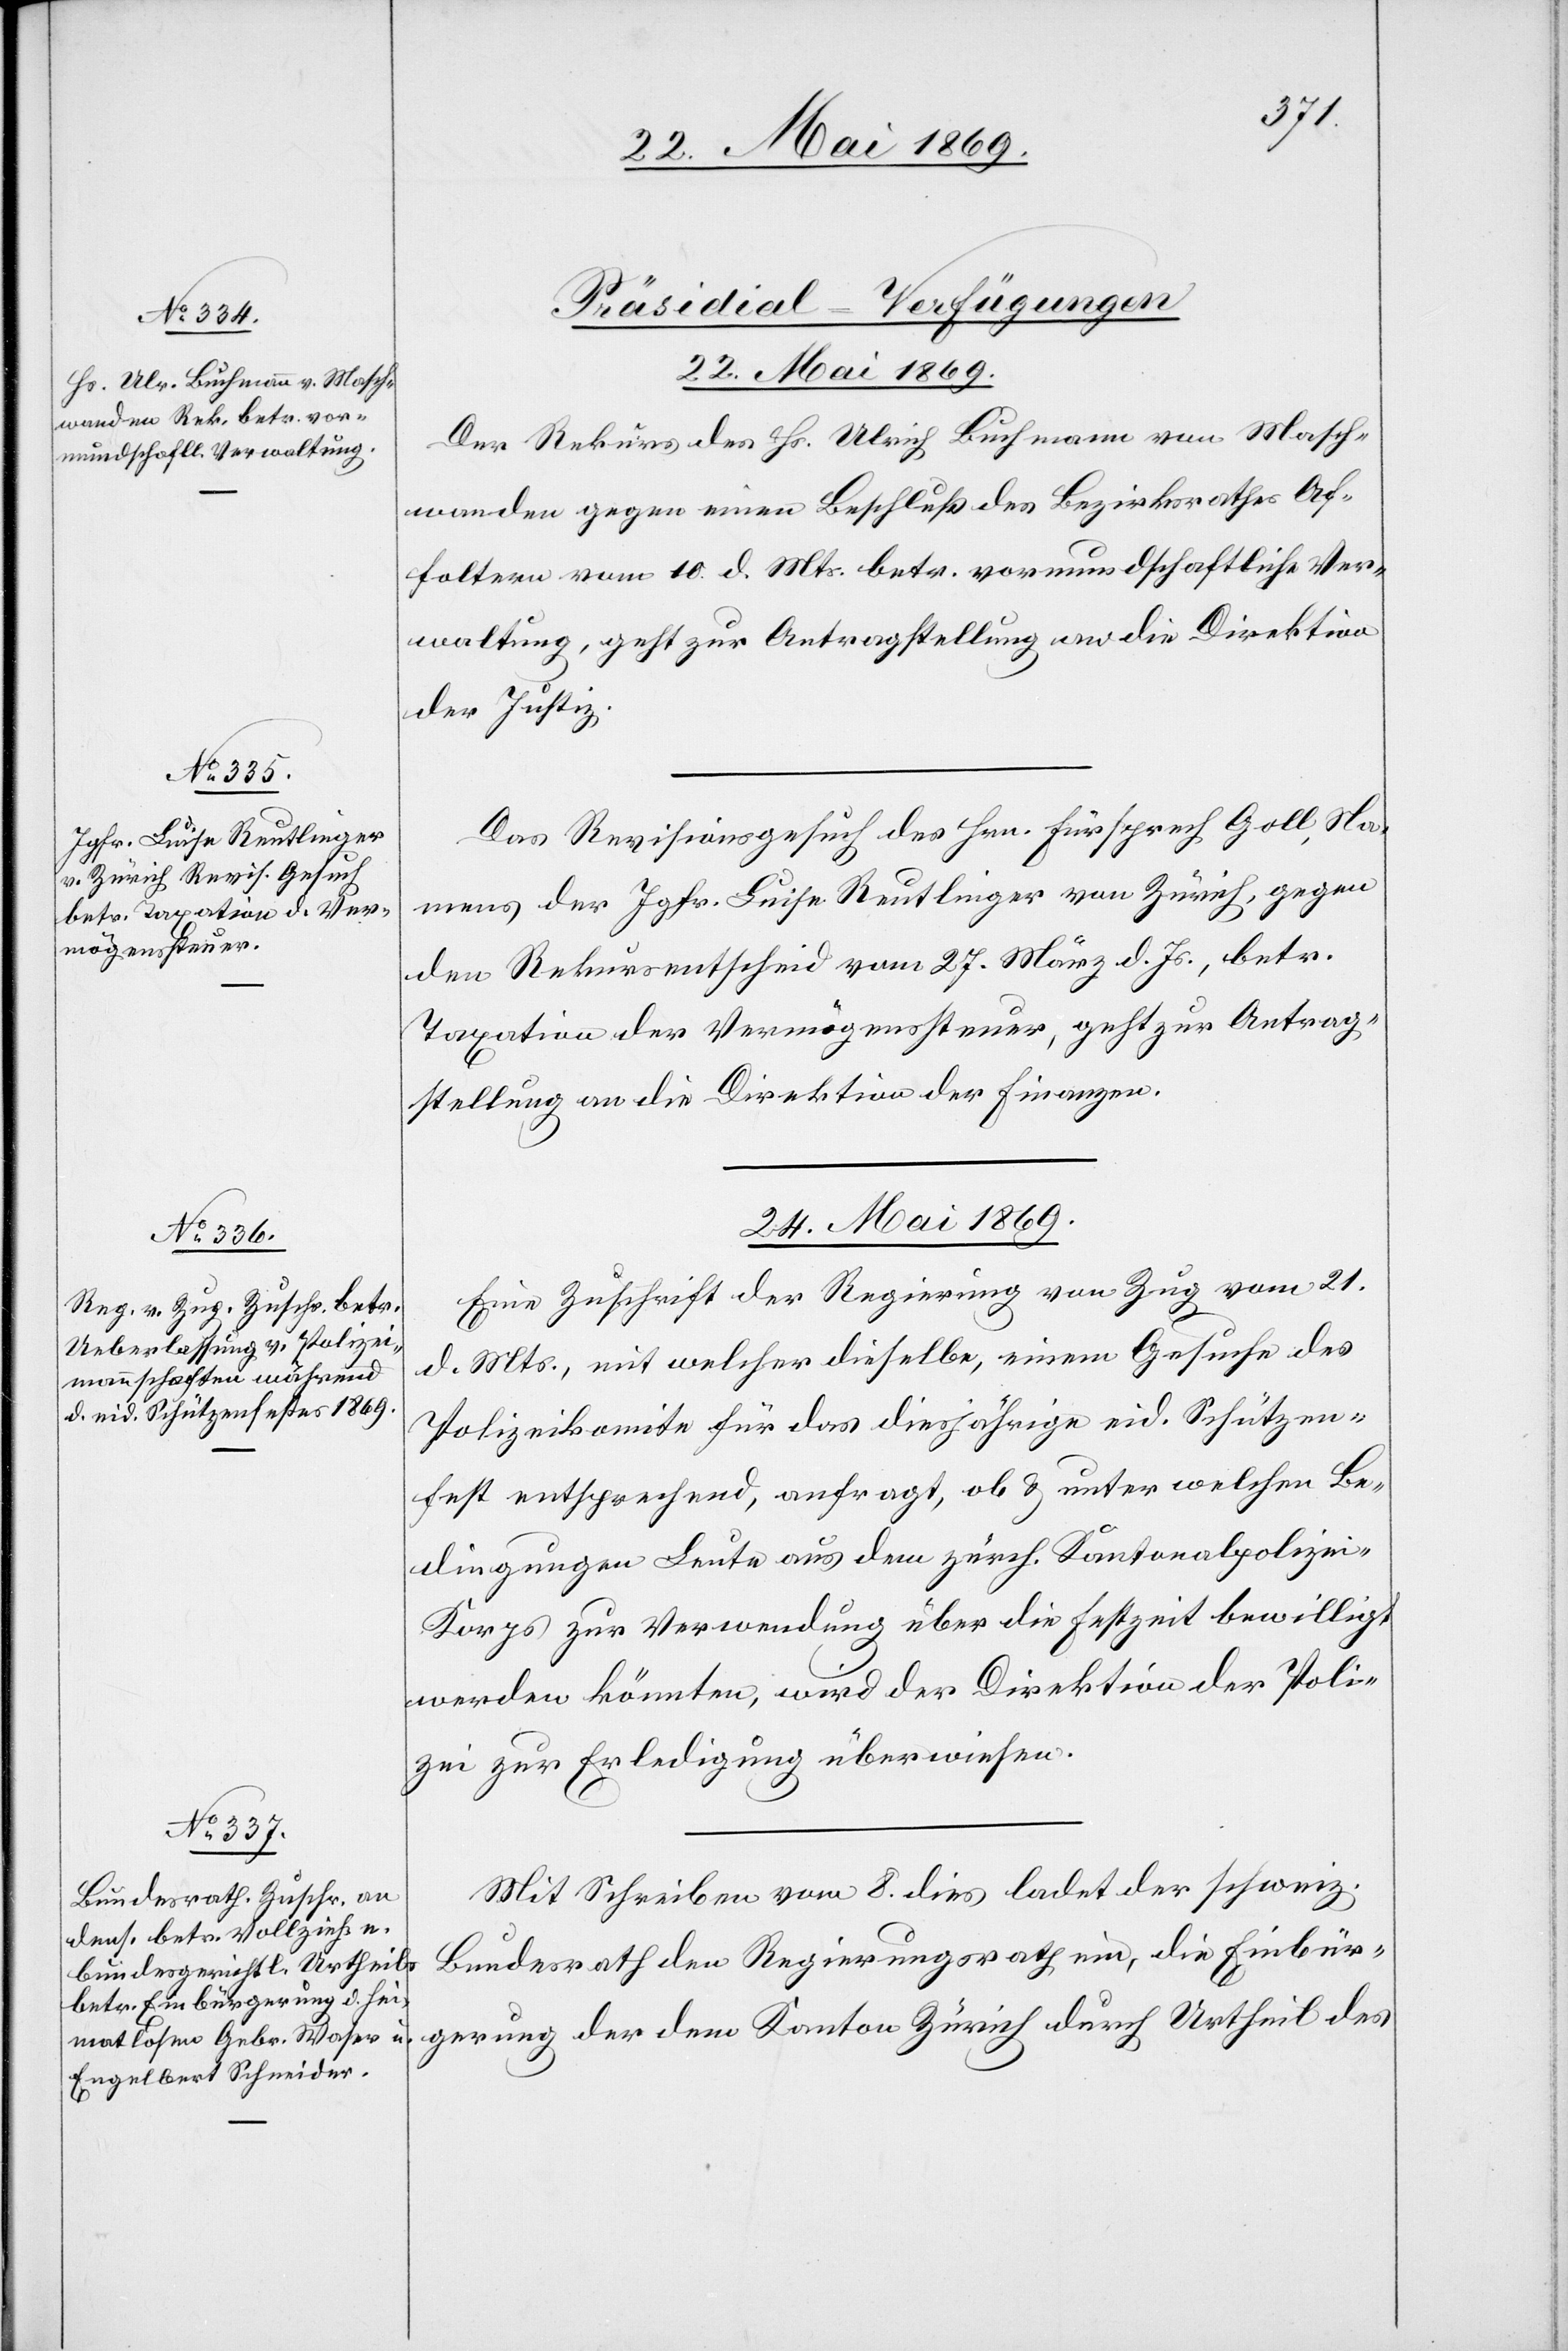
22. Mai 1869.]
[Präsidial-Verfügungen.
22. Mai 1869.
Der Rekurs des Hs. Ulrich Buchmann von Masch¬
wanden gegen einen Beschluß des Bezirksrathes Af¬
foltern vom 10. d. Mts. betr. vormundschaftliche Ver¬
waltung, geht zur Antragstellung an die Direktion
der Justiz.
Das Revisionsgesuch des Hrn. Fürsprech Goll, Na¬
mens der Jgfr. Luise Reutlinger von Zürich, gegen
den Rekursentscheid vom 27. März d. Js., betr.
Taxation der Vermögenssteuer, geht zur Antrag¬
stellung an die Direktion der Finanzen.
24. Mai 1869.]
Eine Zuschrift der Regierung von Zug vom 21.
d. Mts., mit welcher dieselbe, einem Gesuche des
Polizeikomite für das diesjährige eid. Schützen¬
fest entsprechend, anfragt, ob u. unter welchen Be¬
dingungen Leute aus dem zürch. Kantonalpolizei-K¬
orps zur Verwendung über die Festzeit bewilligt
werden könnten, wird der Direktion der Poli¬
zei zur Erledigung überwiesen.
Mit Schreiben vom 8. dies ladet der schweiz.
Bundesrath den Regierungsrath ein, die Einbür¬
gerung der dem Kanton Zürich durch Urtheil des